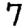
Digit: 7